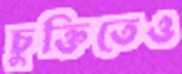
চুক্তিতেও